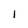
Character: l